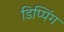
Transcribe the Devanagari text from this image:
डिप्पिंग